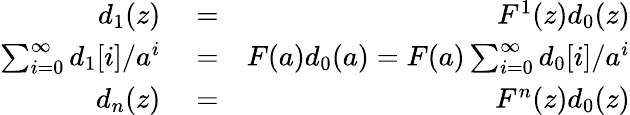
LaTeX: \begin{array}{rlr}{d_{1}(z)}&{{}=}&{F^{1}(z)d_{0}(z)}\\ {\sum_{i=0}^{\infty}d_{1}[i]/a^{i}}&{{}=}&{F(a)d_{0}(a)=F(a)\sum_{i=0}^{\infty}d_{0}[i]/a^{i}}\\ {d_{n}(z)}&{{}=}&{F^{n}(z)d_{0}(z)}\end{array}